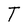
Character: T